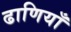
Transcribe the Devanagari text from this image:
ढाणियाँ